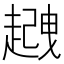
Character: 𧽈